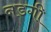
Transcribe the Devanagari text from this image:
नडगी